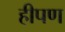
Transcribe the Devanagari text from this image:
हीपण